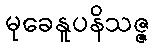
မုခေနူပနိသဇ္ဇ